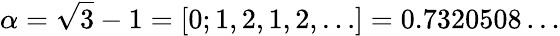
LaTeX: \alpha=\sqrt{3}-1=[0;1,2,1,2,\ldots]=0.7320508\ldots